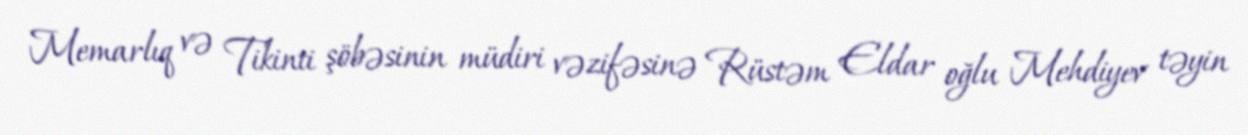
Memarlıq və Tikinti şöbəsinin müdiri vəzifəsinə Rüstəm Eldar oğlu Mehdiyev təyin